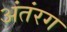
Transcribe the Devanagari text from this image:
अंतंरग